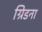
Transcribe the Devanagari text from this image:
ग्रिडना